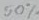
Text: 50%